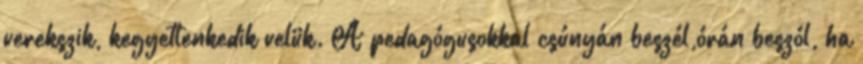
verekszik, kegyetlenkedik velük. A pedagógusokkal csúnyán beszél,órán beszól, ha